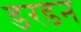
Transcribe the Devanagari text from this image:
डरडन